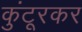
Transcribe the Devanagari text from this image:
कुंटूरकर